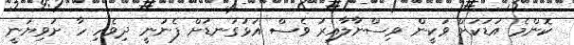
ކޮންމެ އަޑަކަށް ވަކީން ވިސްނާލާއިރު ވެސް އަޅުގަނޑަށް ފެނުނީ ދިވެހި ހާ ށަވިޔަނީ